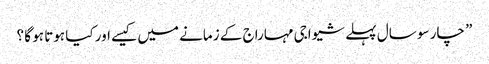
” چار سو سال پہلے شیواجی مہاراج کے زمانے میں کیسے اور کیا ہوتا ہو گا ؟